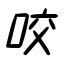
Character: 咬